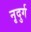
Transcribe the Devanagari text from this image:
नृदुर्ग